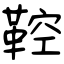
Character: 鞚